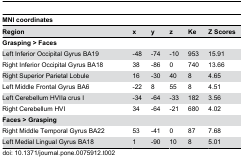
| <COLSPAN=6> MNI coordinates |
 | Region | x | y | z | Ke | Z Scores |
 | --- | --- | --- | --- | --- | --- |
 | <COLSPAN=6> Grasping > Faces |
 | Left Inferior Occipital Gyrus BA19 | -48 | -74 | -10 | 953 | 15.91 |
 | Right Inferior Occipital Gyrus BA18 | 38 | -86 | 0 | 740 | 13.66 |
 | Right Superior Parietal Lobule | 16 | -30 | 40 | 8 | 4.65 |
 | Left Middle Frontal Gyrus BA6 | -22 | 8 | 55 | 8 | 4.51 |
 | Left Cerebellum HVIIa crus I | -34 | -64 | -33 | 182 | 3.56 |
 | Right Cerebellum HVI | 34 | -64 | -21 | 680 | 4.02 |
 | <COLSPAN=6> Faces > Grasping |
 | Right Middle Temporal Gyrus BA22 | 53 | -41 | 0 | 87 | 7.68 |
 | Left Medial Lingual Gyrus BA18 | 1 | -90 | 10 | 8 | 5.01 |